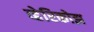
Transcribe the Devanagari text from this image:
व्हेरिकोझ